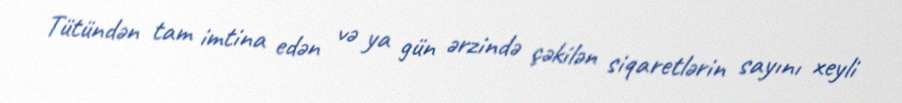
Tütündən tam imtina edən və ya gün ərzində çəkilən siqaretlərin sayını xeyli